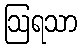
ဩရသာ